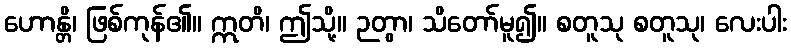
ဟောန္တိ၊ ဖြစ်ကုန်၏။ ဣတိ၊ ဤသို့။ ဉတွာ၊ သိတော်မူ၍။ စတူသု စတူသု၊ လေးပါး